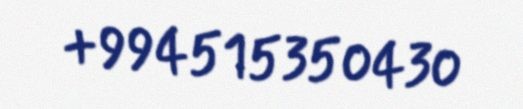
+994515350430